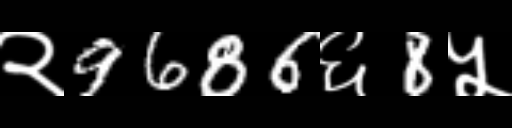
Text: २9686६8५